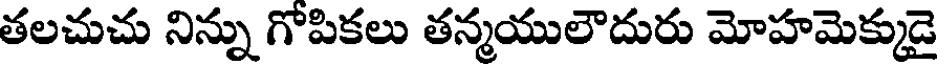
తలచుచు నిన్ను గోపికలు తన్మయులౌదురు మోహమెక్కుడై